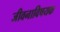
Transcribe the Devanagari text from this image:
जीवनाविषयक